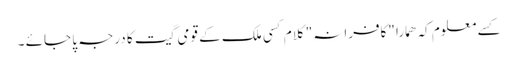
کسے معلوم کہ ھمارا "کافرانہ" کلام کسی ملک کے قومی گیت کا درجہ پا جائے ۔